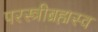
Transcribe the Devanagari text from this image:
परस्त्रीब्रह्मस्व